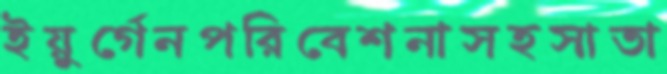
ইয়ুর্গেনপরিবেশনাসহসাতা